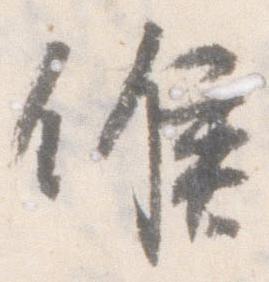
候